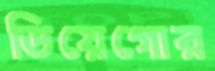
ডিয়েগোর